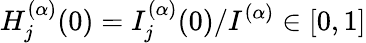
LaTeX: H_{j}^{(\alpha)}(0)=I_{j}^{(\alpha)}(0)/I^{(\alpha)}\in[0,1]